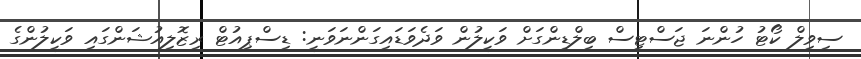
ސިވިލް ކޯޓު ހުންނަ ޖަސްޓިސް ބިލްޑިންގަށް ވަކީލުން ވަދެވަޑައިގަންނަވަނީ: ޑިސްޕިއުޓް ރިޒޮލިއުޝަންގައި ވަކީލުންގެ